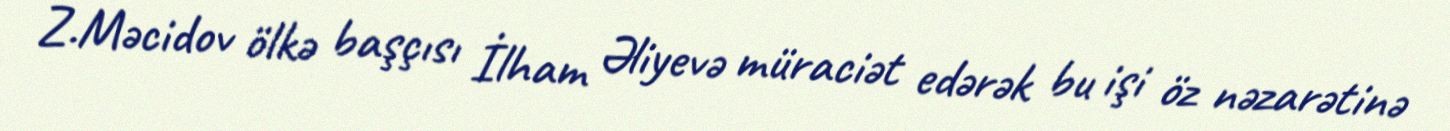
Z.Məcidov ölkə başçısı İlham Əliyevə müraciət edərək bu işi öz nəzarətinə